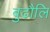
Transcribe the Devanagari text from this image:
बुढौलि